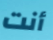
أنت